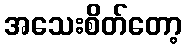
အသေးစိတ်တော့